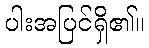
ပါးအပြင်ရှိ၏။